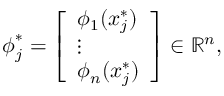
\boldsymbol { \phi } _ { j } ^ { * } = \left[ \begin{array} { l } { \phi _ { 1 } ( x _ { j } ^ { * } ) } \\ { \vdots } \\ { \phi _ { n } ( x _ { j } ^ { * } ) } \end{array} \right] \in \mathbb { R } ^ { n } ,